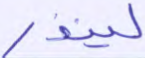
لينذر